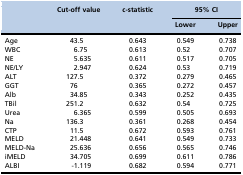
<table><thead><tr><td rowspan="2"></td><td rowspan="2"><b>Cut-off value</b></td><td rowspan="2"><b>c-statistic</b></td><td colspan="2"><b>95% CI</b></td></tr><tr><td><b>Lower</b></td><td><b>Upper</b></td></tr></thead><tbody><tr><td>Age</td><td>43.5</td><td>0.643</td><td>0.549</td><td>0.738</td></tr><tr><td>WBC</td><td>6.75</td><td>0.613</td><td>0.52</td><td>0.707</td></tr><tr><td>NE</td><td>5.635</td><td>0.611</td><td>0.517</td><td>0.705</td></tr><tr><td>NE/LY</td><td>2.947</td><td>0.624</td><td>0.53</td><td>0.719</td></tr><tr><td>ALT</td><td>127.5</td><td>0.372</td><td>0.279</td><td>0.465</td></tr><tr><td>GGT</td><td>76</td><td>0.365</td><td>0.272</td><td>0.457</td></tr><tr><td>Alb</td><td>34.85</td><td>0.343</td><td>0.252</td><td>0.435</td></tr><tr><td>TBil</td><td>251.2</td><td>0.632</td><td>0.54</td><td>0.725</td></tr><tr><td>Urea</td><td>6.365</td><td>0.599</td><td>0.505</td><td>0.693</td></tr><tr><td>Na</td><td>136.3</td><td>0.361</td><td>0.268</td><td>0.454</td></tr><tr><td>CTP</td><td>11.5</td><td>0.672</td><td>0.593</td><td>0.761</td></tr><tr><td>MELD</td><td>21.448</td><td>0.641</td><td>0.549</td><td>0.733</td></tr><tr><td>MELD-Na</td><td>25.636</td><td>0.656</td><td>0.565</td><td>0.746</td></tr><tr><td>iMELD</td><td>34.705</td><td>0.699</td><td>0.611</td><td>0.786</td></tr><tr><td>ALBI</td><td>-1.119</td><td>0.682</td><td>0.594</td><td>0.771</td></tr></tbody></table>